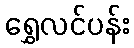
ရွှေလင်ပန်း